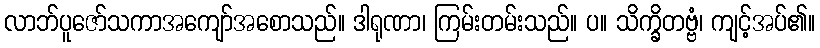
လာဘ်ပူဇော်သကာအကျော်အစောသည်။ ဒါရုဏာ၊ ကြမ်းတမ်းသည်။ ပ။ သိက္ခိတဗ္ဗံ၊ ကျင့်အပ်၏။